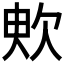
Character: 𣢧